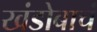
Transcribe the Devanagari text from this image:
खंडोबाचं